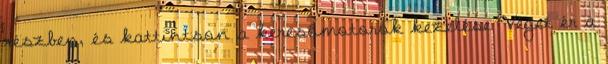
részben, és kattintson a keresőmotorok kezelése Véget ér a